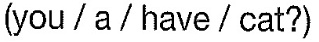
(you/a/have/cat?)